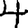
Digit: 4